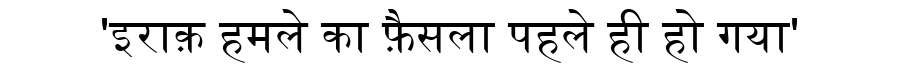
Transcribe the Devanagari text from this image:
'इराक़ हमले का फ़ैसला पहले ही हो गया'